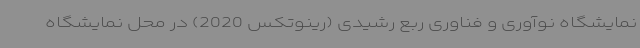
نمایشگاه نوآوری و فناوری ربع رشیدی (رینوتکس 2020) در محل نمایشگاه